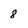
Character: 8